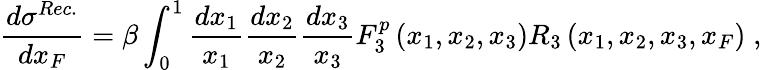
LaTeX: \frac{d\sigma^{Rec.}}{dx_{F}}=\beta\int_{0}^{1}\frac{dx_{1}}{x_{1}}\frac{dx_{2}}{x_{2}}\frac{dx_{3}}{x_{3}}F_{3}^{p}\left(x_{1},x_{2},x_{3}\right)R_{3}\left(x_{1},x_{2},x_{3},x_{F}\right)\; ,